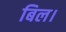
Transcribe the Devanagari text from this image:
बिल।